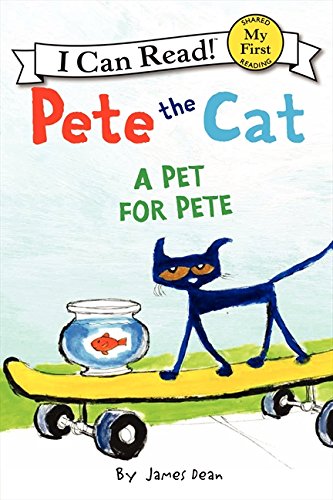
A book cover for Pete the Cat: A Pet for Pete (My First I Can Read); James Dean; Children's Books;